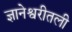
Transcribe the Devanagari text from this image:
ज्ञानेश्वरीतली